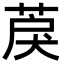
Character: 䓞